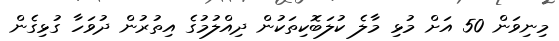
މިނިވަން 50 އަށް މުޅި މާލެ ކުލަބޮކިތަކުން ދިއްލުމުގެ އިތުރުން ދުވަހާ ގުޅިގެން